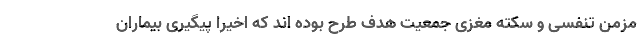
مزمن تنفسی و سکته مغزی جمعیت هدف طرح بوده اند که اخیرا پیگیری بیماران